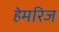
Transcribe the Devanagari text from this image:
हेमरिज